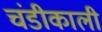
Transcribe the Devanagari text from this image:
चंडीकाली